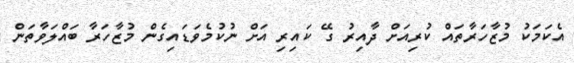
އެކަމަކު މުޒާހަރާތައް ކުރިއަށް ދާއިރު ގޭ ކައިރި އަށް ނުކުމެވަޑައިގެން މުޒާހަރާ ބައްލަވާތަން